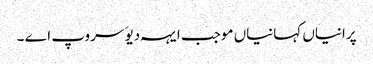
پرانیاں کہانیاں موجب ایہہ دیوَ سروپ اے ۔